Problem: 31 + 39 = ?
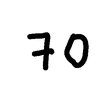
Handwritten answer: 70